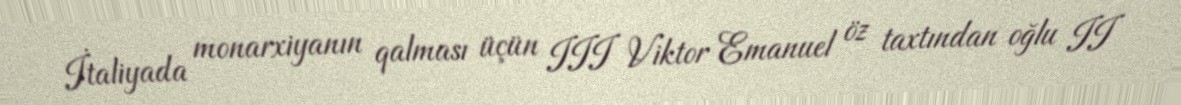
İtaliyada monarxiyanın qalması üçün III Viktor Emanuel öz taxtından oğlu II